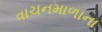
વાચનમાળાના